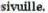
sivuille.